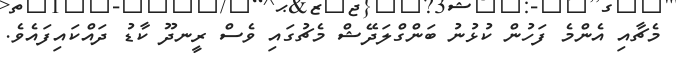
މެޗާއި އެންމެ ފަހުން ކުޅުނު ބަންގްލަދޭޝް މެޗުގައި ވެސް ރީނދޫ ކާޑު ދައްކައިފައެވެ.